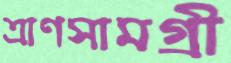
ত্রাণসামগ্রী